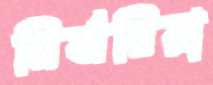
নির্ঝরিয়া